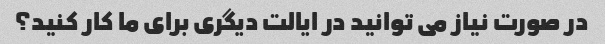
در صورت نیاز می توانید در ایالت دیگری برای ما کار کنید؟